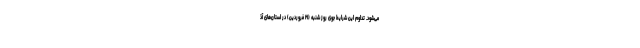
می‌شود. تداوم این شرایط جوی روز شنبه (۲۱ فروردین) در استان‌های آذ